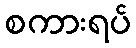
စကားရပ်